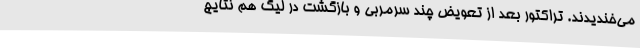
می‌خندیدند. تراکتور بعد از تعویض چند سرمربی و بازگشت در لیگ هم نتایج